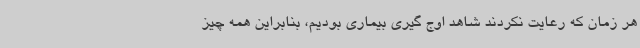
هر زمان که رعایت نکردند شاهد اوج گیری بیماری بودیم، بنابراین همه چیز